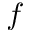
\boldsymbol { f }